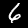
Digit: 6